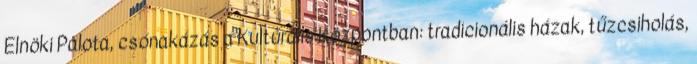
Elnöki Palota, csónakázás a Kultúrális Központban: tradicionális házak, tűzcsiholás,